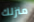
منزلك